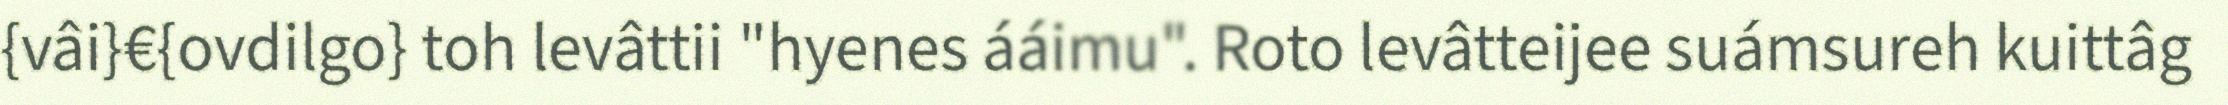
{vâi}€{ovdilgo} toh levâttii "hyenes ááimu". Roto levâtteijee suámsureh kuittâg